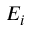
E _ { i }